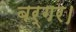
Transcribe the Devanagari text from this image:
बर्गर।